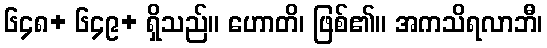
၆၄၈+ ၆၄၉+ ရှိသည်။ ဟောတိ၊ ဖြစ်၏။ အကသိရလာဘီ၊